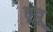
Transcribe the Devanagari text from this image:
हूवू